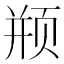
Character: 𱂦